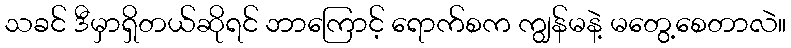
သခင် ဒီမှာရှိတယ်ဆိုရင် ဘာကြောင့် ရောက်စက ကျွန်မနဲ့ မတွေ့စေတာလဲ။